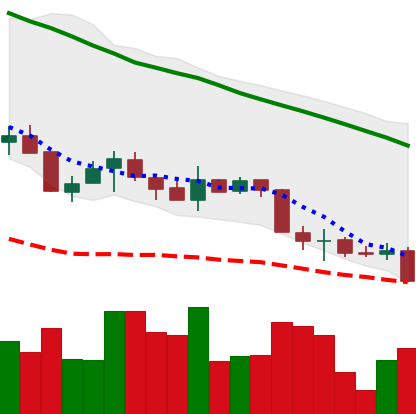
Ticker: XMR-USD
Chart end date: 2018-05-28
Forward return: 8.46%
Label: up_7plus